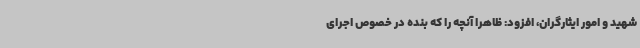
شهید و امور ایثارگران، افزود: ظاهراً آنچه را که بنده در خصوص اجرای